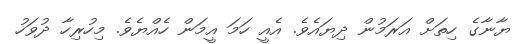
ޔާނާގެ ހިތަށް އަރަމުން ދިޔައެވެ. އެއީ ހަމަ އީމަން ހެއްޔެވެ. މިހުރިހާ ދުވަހު